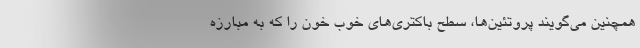
همچنین می‌گویند پروتئین‌ها، سطح باکتری‌های خوب خون را که به مبارزه